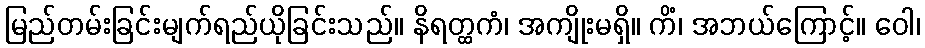
မြည်တမ်းခြင်းမျက်ရည်ယိုခြင်းသည်။ နိရတ္ထကံ၊ အကျိုးမရှိ။ ကိံ၊ အဘယ်ကြောင့်။ ဝေါ၊